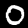
Label: 0